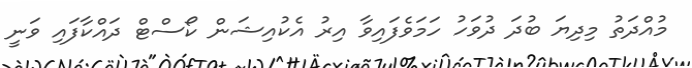
މުއްދަތު މިދިޔަ ބުދަ ދުވަހު ހަމަވެފައިވާ އިރު އެކުއިޝަން ކޯސްޓް ދައްކާފައި ވަނީ